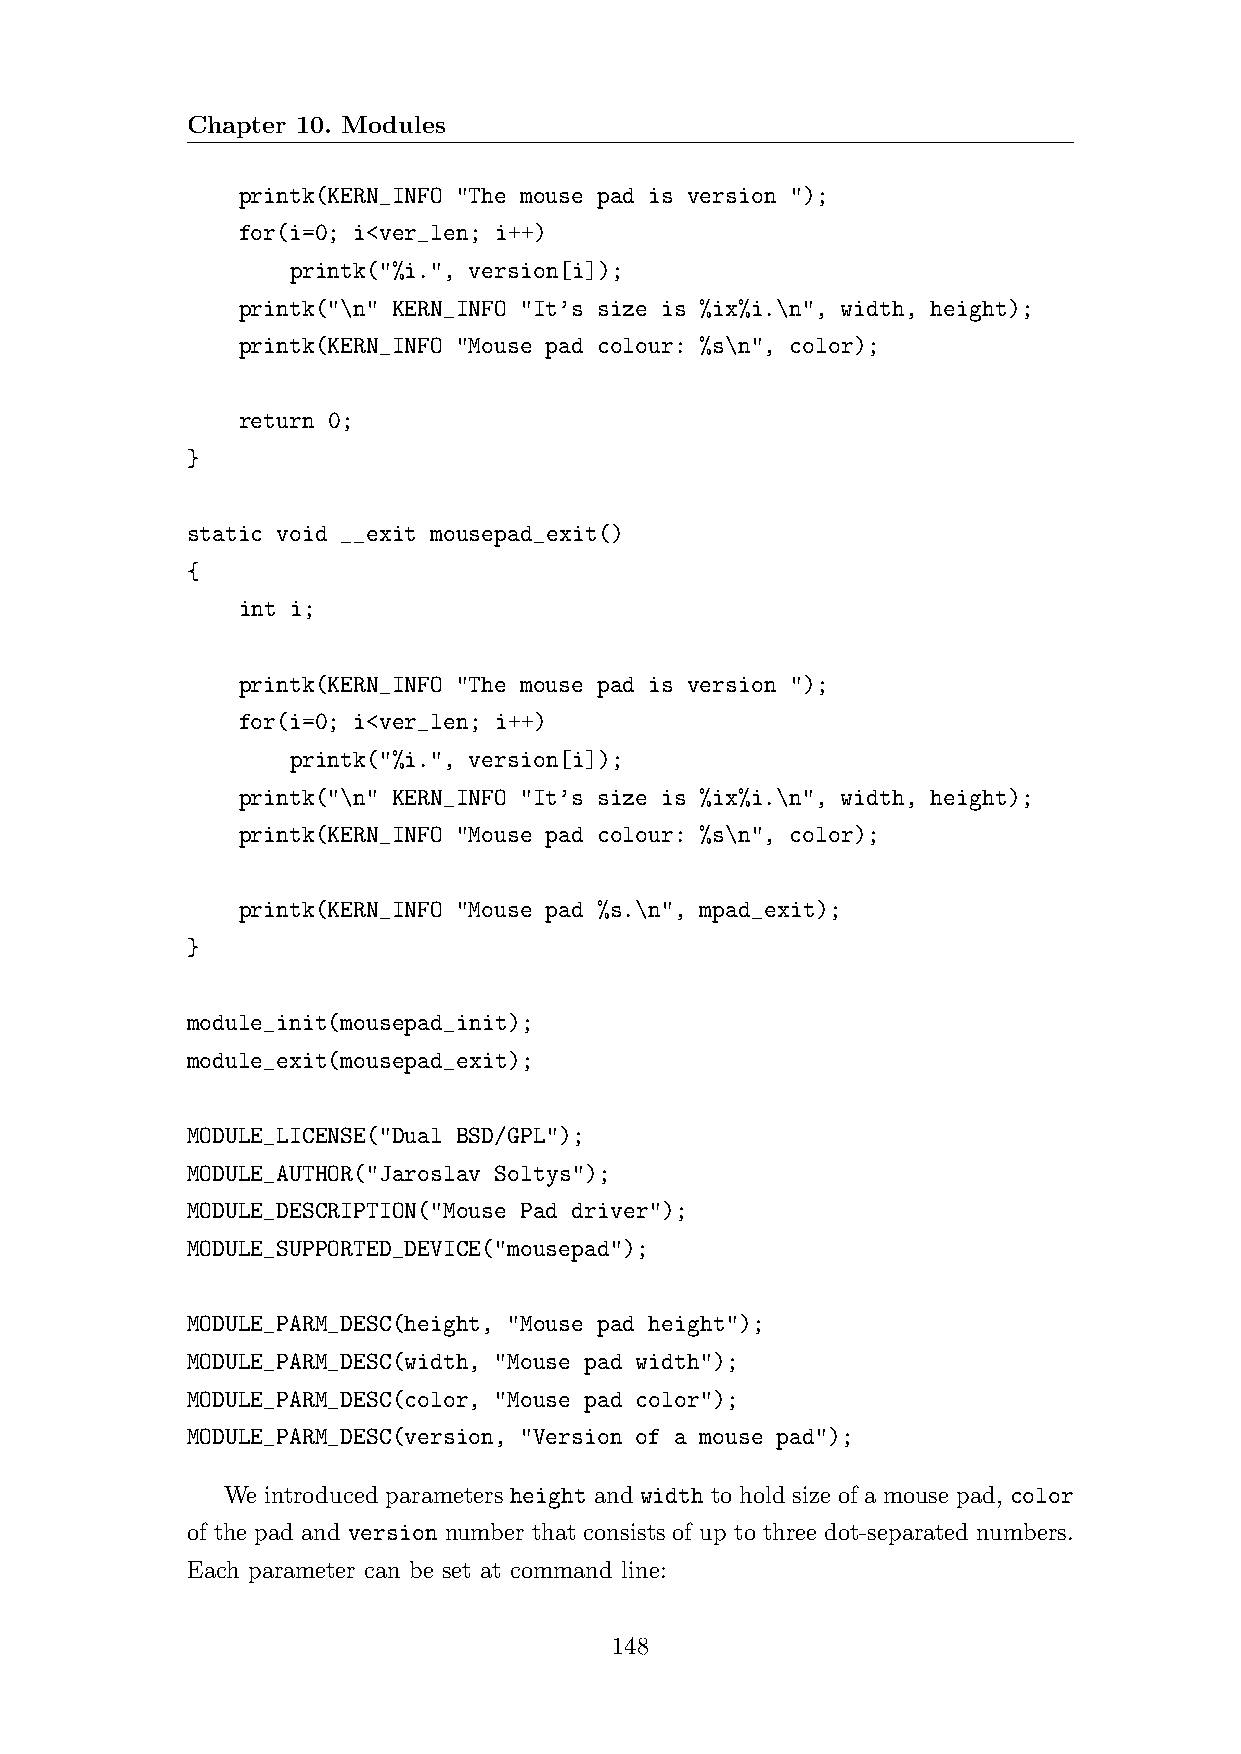
Chapter 10. Modules
 printk(KERN_INFO "The mouse pad is version ");
 for(i=0; i<ver_len; i++)
 printk("%i.", version[i]);
 printk("\n" KERN_INFO "It’s size is %ix%i.\n", width, height);
 printk(KERN_INFO "Mouse pad colour: %s\n", color);
 return 0;
 }
 static void __exit mousepad_exit()
 {
 int i;
 printk(KERN_INFO "The mouse pad is version ");
 for(i=0; i<ver_len; i++)
 printk("%i.", version[i]);
 printk("\n" KERN_INFO "It’s size is %ix%i.\n", width, height);
 printk(KERN_INFO "Mouse pad colour: %s\n", color);
 printk(KERN_INFO "Mouse pad %s.\n", mpad_exit);
 }
 module_init(mousepad_init);
 module_exit(mousepad_exit);
 MODULE_LICENSE("Dual BSD/GPL");
 MODULE_AUTHOR("Jaroslav Soltys");
 MODULE_DESCRIPTION("Mouse Pad driver");
 MODULE_SUPPORTED_DEVICE("mousepad");
 MODULE_PARM_DESC(height, "Mouse pad height");
 MODULE_PARM_DESC(width, "Mouse pad width");
 MODULE_PARM_DESC(color, "Mouse pad color");
 MODULE_PARM_DESC(version, "Version of a mouse pad");
 We introduced parameters height and width to hold size of a mouse pad, color
 of the pad and version number that consists of up to three dot-separated numbers.
 Each parameter can be set at command line:
 148